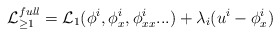
\begin{align*}{\cal L}_{\ge 1}^{full} = {\cal L}_1(\phi^i, \phi^i_x,\phi^i_{xx}...) + \lambda_i ( u^i - \phi^i_x ) \end{align*}